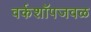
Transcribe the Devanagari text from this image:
वर्कशॉपजवळ